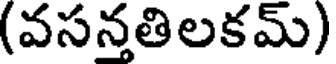
(వసన్తతిలకమ్)